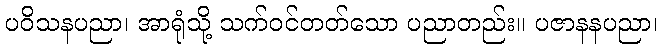
ပဝိသနပညာ၊ အာရုံသို့ သက်ဝင်တတ်သော ပညာတည်း။ ပဇာနနပညာ၊